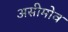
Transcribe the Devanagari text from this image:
असीमोव